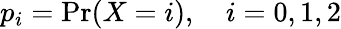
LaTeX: p_{i}=\mathrm{Pr}(X=i),\quad i=0,1,2